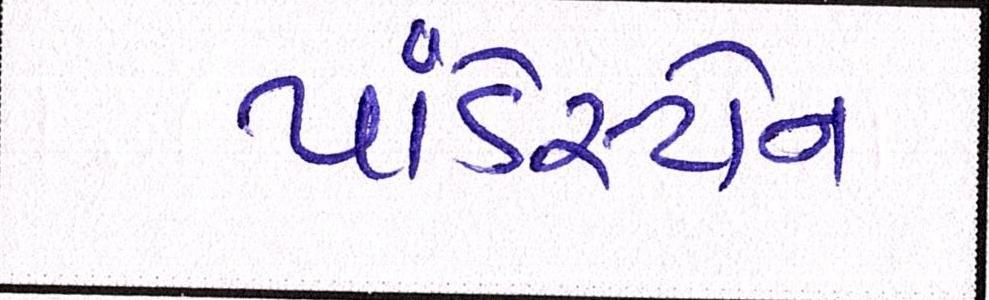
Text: પાંડેસ્ટોન